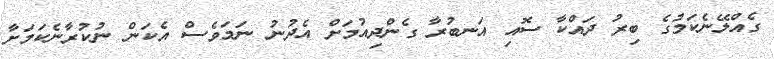
ގެއްލޭނެކަމުގެ ބިރު ދައްކާ ސޮއި އަނބުރާ ގެންދިއުމަށް އެދުނު ނަމަވެސް އެކަން ނުކުރާނެކަމަށާ